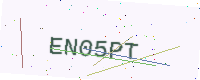
Text: EN05PT